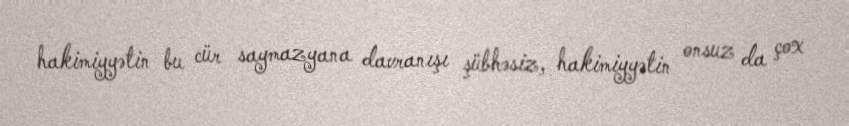
hakimiyyətin bu cür saymazyana davranışı şübhəsiz, hakimiyyətin onsuz da çox